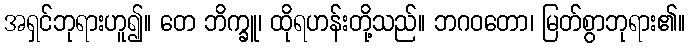
အရှင်ဘုရားဟူ၍။ တေ ဘိက္ခူ၊ ထိုရဟန်းတို့သည်။ ဘဂဝတော၊ မြတ်စွာဘုရား၏။